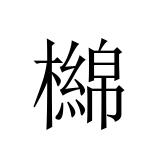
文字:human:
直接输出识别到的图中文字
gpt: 檰